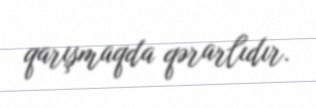
qarışmaqda qərarlıdır.